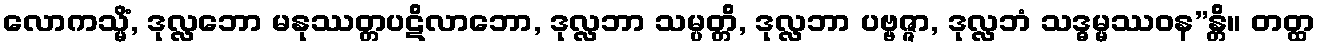
လောကသ္မိံ, ဒုလ္လဘော မနုဿတ္တပဋိလာဘော, ဒုလ္လဘာ သမ္ပတ္တိ, ဒုလ္လဘာ ပဗ္ဗဇ္ဇာ, ဒုလ္လဘံ သဒ္ဓမ္မဿဝန”န္တိ။ တတ္ထ